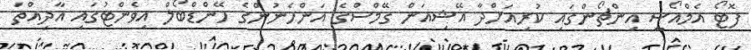
ފޮޓޯ އެމްއޯސީ އިންޗޯންގައި ކުރިއަށްދާ އޭޝިއަން ގޭމްސްގެ އަންހެނުންގެ ހޭންޑްބޯލް އިވެންޓުގައި އާދިއްތަ